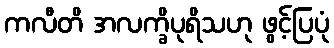
ကလီတိ အလက္ခိပုရိသဟု ဖွင့်ပြပုံ